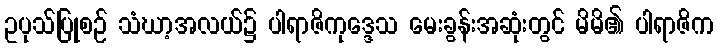
ဥပုသ်ပြုစဉ် သံဃာ့အလယ်၌ ပါရာဇိကုဒ္ဒေသ မေးခွန်းအဆုံးတွင် မိမိ၏ ပါရာဇိက